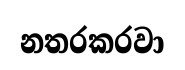
නතරකරවා